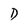
Character: D